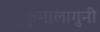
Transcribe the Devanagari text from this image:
हुकुमालागुनी